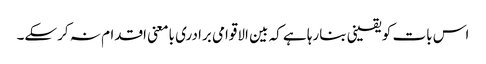
اس بات کو یقینی بنارہا ہے کہ بین الاقوامی برادری بامعنی اقدام نہ کرسکے۔